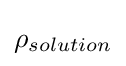
\rho _{solution}